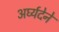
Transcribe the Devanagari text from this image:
अर्घ्यदेने